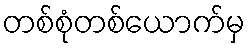
တစ်စုံတစ်ယောက်မှ